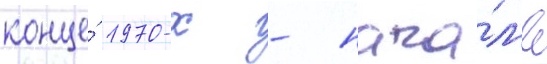
конце́ 1970-х - нача́л'е